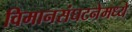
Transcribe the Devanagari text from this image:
विमानसंघटनेमध्ये